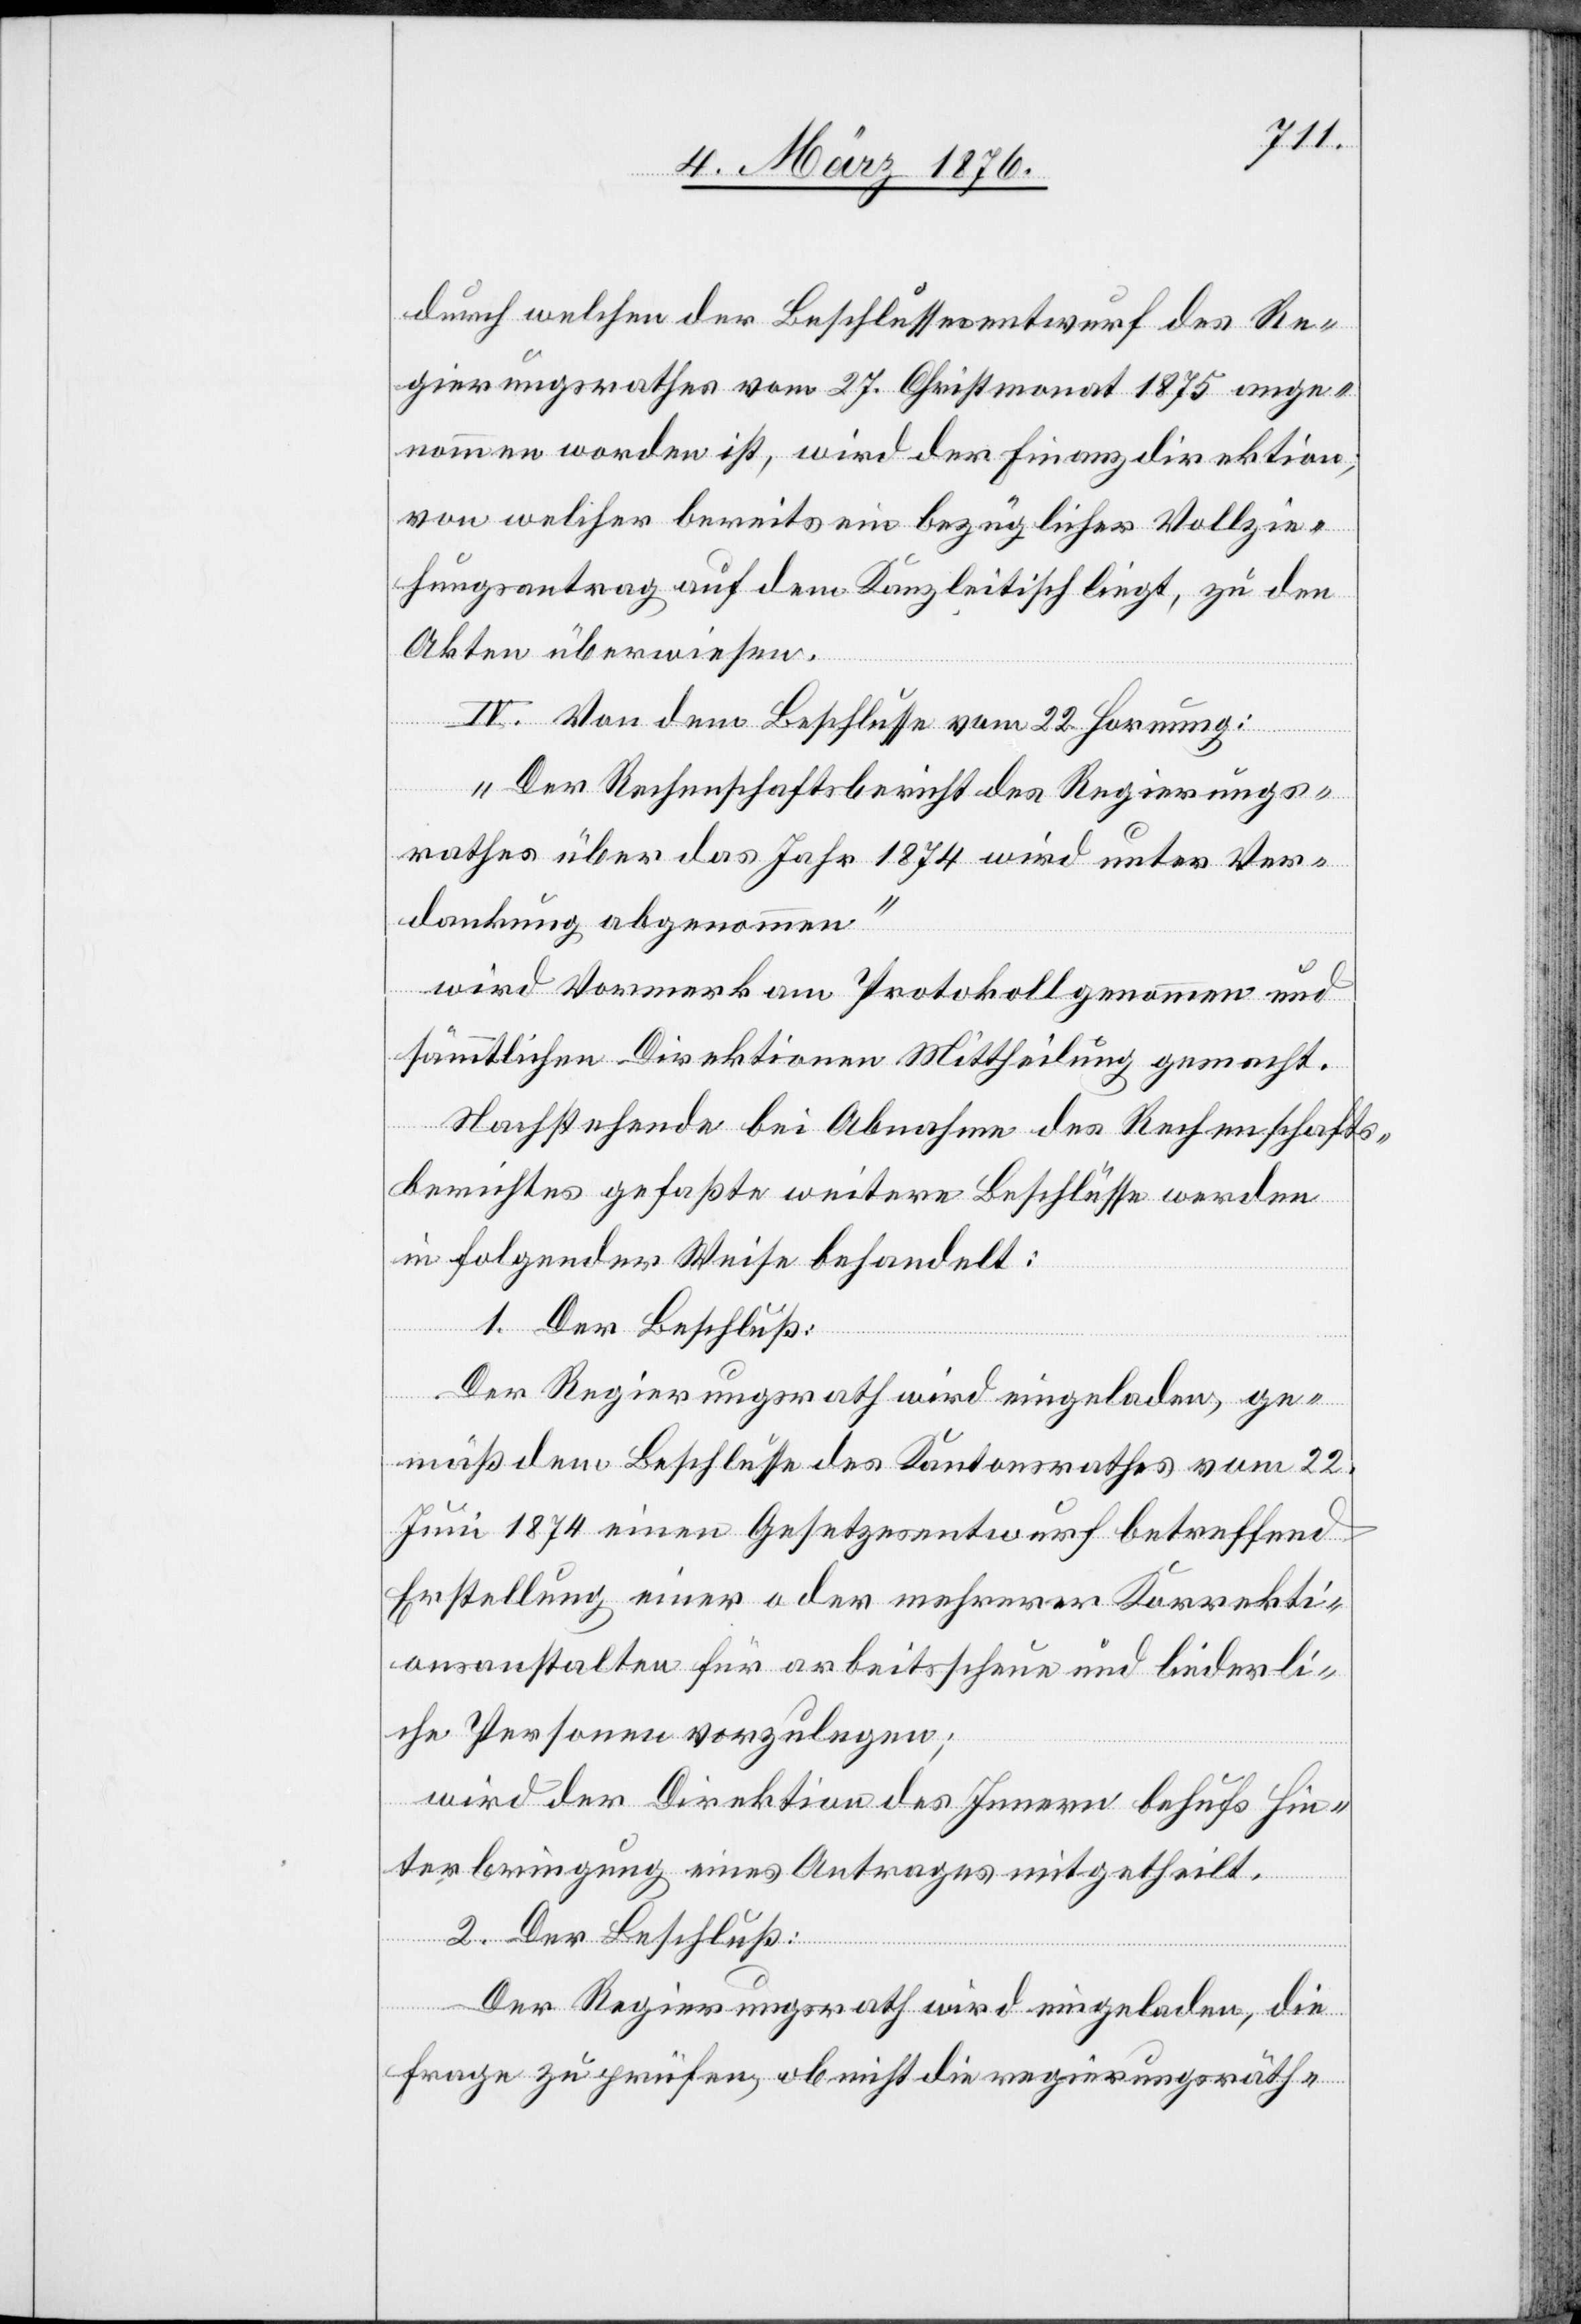
durch welchen der Beschlussesentwurf des Re¬
gierungsrathes vom 27. Christmonat 1875 ange¬
nommen worden ist, wird der Finanzdirektion,
von der bereits ein bezüglicher Vollzie¬
hungsantrag auf dem Kanzleitisch liegt, zu den
Akten überwiesen.
IV. Von dem Beschlusse vom 22. Hornung:
„Der Rechenschaftsbericht des Regierungs¬
rathes über das Jahr 1874 wird unter Ver¬
dankung abgenommen“
wird Vormerk am Protokoll genommen und
sämmtlichen Direktionen Mittheilung gemacht.
Nachstehende bei Abnahme des Rechenschafts¬
berichtes gefaßte weitere Beschlüsse werden
in folgender Weise behandelt:
1. Der Beschluß:
Der Regierungsrath wird eingeladen, ge¬
mäß dem Beschlusse des Kantonsrathes vom 22.
Juni 1874 einen Gesetzesentwurf betreffend
Erstellung einer oder mehrerer Korrekti¬
onsanstalten für arbeitsscheue und liederli¬
che Personen vorzulegen;
wird der Direktion des Innern behufs Hin¬
terbringung eines Antrages mitgetheilt.
2. Der Beschluß:
Der Regierungsrath wird eingeladen, die
Frage zu prüfen, ob nicht die regierungsräth-